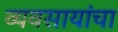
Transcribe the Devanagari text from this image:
व्यवसायांचा